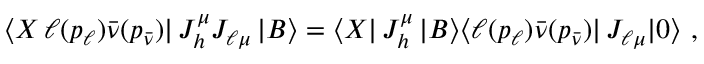
\langle X \, \ell ( p _ { \ell } ) \bar { \nu } ( p _ { \bar { \nu } } ) | \, J _ { h } ^ { \mu } J _ { \ell \mu } \, | B \rangle = \langle X | \, J _ { h } ^ { \mu } \, | B \rangle \langle \ell ( p _ { \ell } ) \bar { \nu } ( p _ { \bar { \nu } } ) | \, J _ { \ell \mu } | 0 \rangle \, \, ,